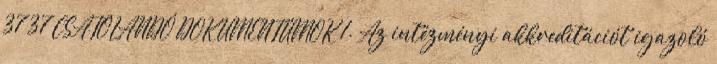
37 37 CSATOLANDÓ DOKUMENTUMOK 1. Az intézményi akkreditációt igazoló